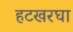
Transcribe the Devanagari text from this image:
हटखरघा